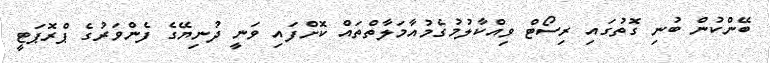
ބޭންކުން ބުނި ގޮތުގައި ރިސޯޓް ވިއްކާލުމުގެމުއާމަލާތްތައް ކޮށްފައި ވަނީ ދުނިޔޭގެ ފެންވަރުގެ ޕްރޮޕަޓީ